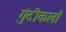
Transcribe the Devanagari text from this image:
गुंदीकलाँ